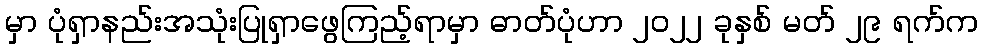
မှာ ပုံရှာနည်းအသုံးပြုရှာဖွေကြည့်ရာမှာ ဓာတ်ပုံဟာ ၂၀၂၂ ခုနှစ် မတ် ၂၉ ရက်က